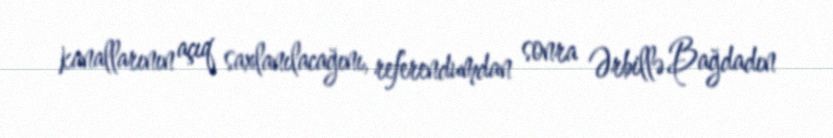
kanallarının açıq saxlanılacağını, referendumdan sonra Ərbillə Bağdadın